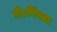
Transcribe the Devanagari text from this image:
थे।पिंगला